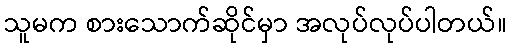
သူမက စားသောက်ဆိုင်မှာ အလုပ်လုပ်ပါတယ်။